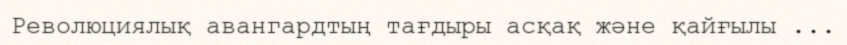
Революциялық авангардтың тағдыры асқақ және қайғылы ...